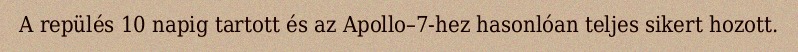
A repülés 10 napig tartott és az Apollo–7-hez hasonlóan teljes sikert hozott.